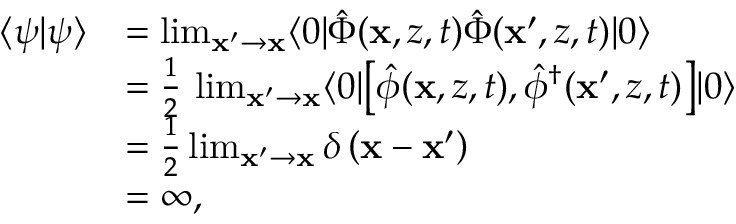
\begin{array} { r l } { \langle \psi | \psi \rangle } & { = \operatorname* { l i m } _ { \mathbf { x } ^ { \prime } \to \mathbf { x } } \langle 0 | \hat { \Phi } ( \mathbf { x } , z , t ) \hat { \Phi } ( \mathbf { x } ^ { \prime } , z , t ) | 0 \rangle } \\ & { = \frac { 1 } { 2 } \, \operatorname* { l i m } _ { \mathbf { x } ^ { \prime } \to \mathbf { x } } \langle 0 | \bigl [ \hat { \phi } ( \mathbf { x } , z , t ) , \hat { \phi } ^ { \dagger } ( \mathbf { x } ^ { \prime } , z , t ) \bigr ] | 0 \rangle } \\ & { = \frac { 1 } { 2 } \operatorname* { l i m } _ { \mathbf { x } ^ { \prime } \to \mathbf { x } } \delta \left( \mathbf { x } - \mathbf { x } ^ { \prime } \right) } \\ & { = \infty , } \end{array}